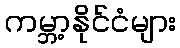
ကမ္ဘာ့နိုင်ငံများ